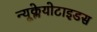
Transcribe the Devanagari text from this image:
न्यूक्लेयोटाइडस